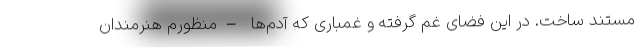
مستند ساخت. در این فضای غم گرفته و غمباری که آدم‌ها –منظورم هنرمندان